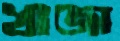
খাজা